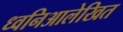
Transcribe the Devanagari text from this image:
ध्वनिआलेखित